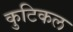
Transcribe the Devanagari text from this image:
कुटिकल